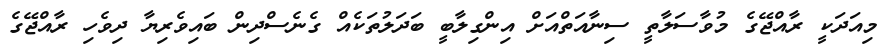
މިއަދަކީ ރާއްޖޭގެ މުވާސަލާތީ ސިނާއަތްއަށް އިންގިލާބީ ބަދަލުތަކެއް ގެނެސްދިން ބައިވެރިޔާ ދިވެހި ރާއްޖޭގެ